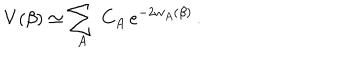
V ( \beta ) \simeq \sum _ { A } \, C _ { A } \, e ^ { - 2 w _ { A } ( \beta ) } \, .